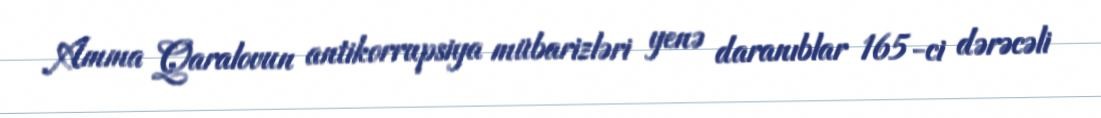
Amma Qaralovun antikorrupsiya mübarizləri yenə daranıblar 165-ci dərəcəli